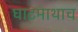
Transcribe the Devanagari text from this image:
घाटमाथाच